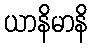
ယာနိမာနိ